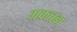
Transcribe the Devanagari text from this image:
मकतबा